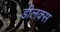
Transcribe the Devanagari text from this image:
डीलक्‍स